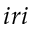
i r i